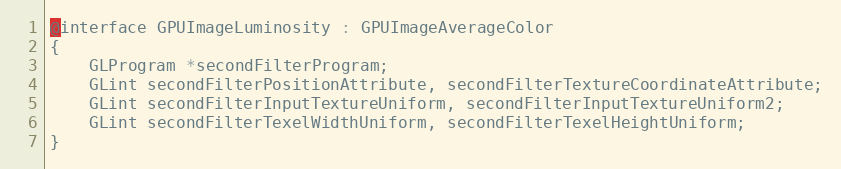
Language: C
@interface GPUImageLuminosity : GPUImageAverageColor
{
    GLProgram *secondFilterProgram;
    GLint secondFilterPositionAttribute, secondFilterTextureCoordinateAttribute;
    GLint secondFilterInputTextureUniform, secondFilterInputTextureUniform2;
    GLint secondFilterTexelWidthUniform, secondFilterTexelHeightUniform;
}